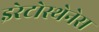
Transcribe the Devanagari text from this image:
इरेटोस्थेनेस